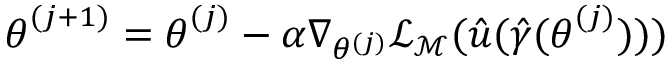
\boldsymbol { \theta } ^ { ( j + 1 ) } = \boldsymbol { \theta } ^ { ( j ) } - \alpha \nabla _ { \theta ^ { ( j ) } } \mathcal { L } _ { \mathcal { M } } ( \hat { u } ( \boldsymbol { \hat { \gamma } } ( \boldsymbol { \theta } ^ { ( j ) } ) ) )